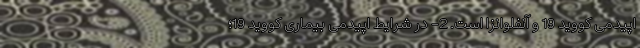
اپیدمی کووید 19 و آنفلوانزا است. 2- در شرایط اپیدمی بیماری کووید 19؛